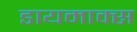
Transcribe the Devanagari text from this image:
डायमाक्स